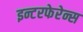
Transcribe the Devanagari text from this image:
इन्टरफेरेन्स